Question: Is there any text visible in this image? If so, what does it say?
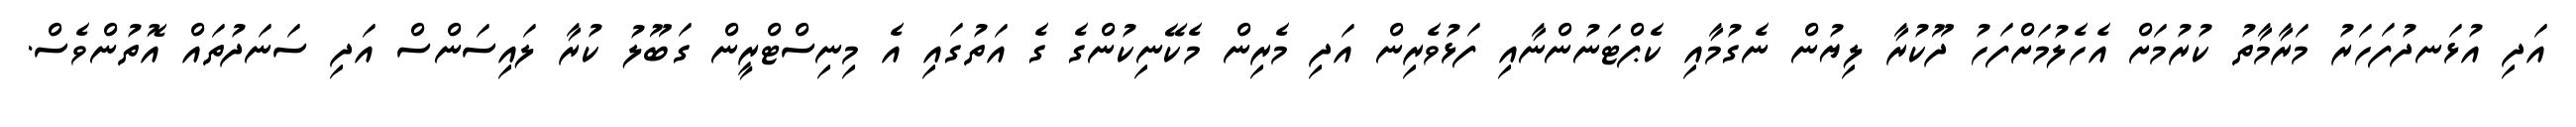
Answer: އަދި އުޅަނދުފަހަރު މަރާމާތު ކުރުމަށް އެހެލުމަށްފަހު ދޫކުރާ ލިޔުން ނެގުމާއި ކެޕްޓަނުންނާއި ފަޅުވެރިން އަދި މެރިން މެކޭނިކުންގެ ގެ އަތުގައި އެ މިނިސްޓްރީން ގަބޫލު ކުރާ ލައިސަންސް އަދި ސަނަދުތައް އޮތުންވެސް.